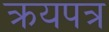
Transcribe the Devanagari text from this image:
क्रयपत्र